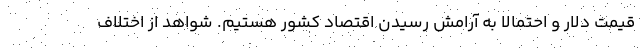
قیمت دلار و احتمالا به آرامش رسیدن اقتصاد کشور هستیم. شواهد از اختلاف